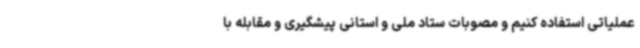
عملیاتی استفاده کنیم و مصوبات ستاد ملی و استانی پیشگیری و مقابله با